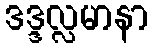
ဒဒ္ဒလ္လမာနာ